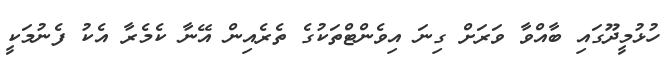
ހުޅުމީދޫގައި ބާއްވާ ވަރަށް ގިނަ އިވެންޓްތަކުގެ ތެރެއިން އޭނާ ކެމެރާ އެކު ފެނުމަކީ